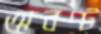
অবণ্ট